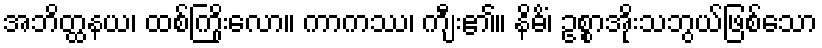
အဘိတ္ထနယ၊ ထစ်ကြိုးလော။ ကာကဿ၊ ကျီး၏။ နိဓိံ၊ ဥစ္စာအိုးသဘွယ်ဖြစ်သော